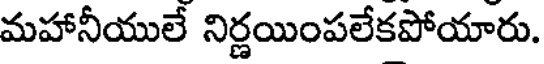
మహానీయులే నిర్ణయింపలేకపోయారు.